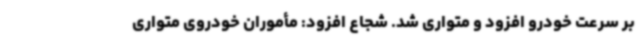
بر سرعت خودرو افزود و متواری شد. شجاع افزود: مأموران خودروی متواری